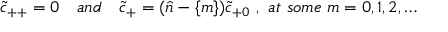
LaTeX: \tilde { c } _ { + + } = 0 \quad a n d \quad \tilde { c } _ { + } = ( { \hat { n } } - \{ m \} ) \tilde { c } _ { + 0 } \ , \ a t \ s o m e \ m = 0 , 1 , 2 , \dots